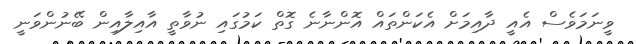
ވީނަމަވެސް އެއީ ދާއިމަށް އެކަންތައް އޮންނާނެ ގޮތް ކަމުގައި ނުވާތީ އާއިލާއިން ބޭނުންވަނީ